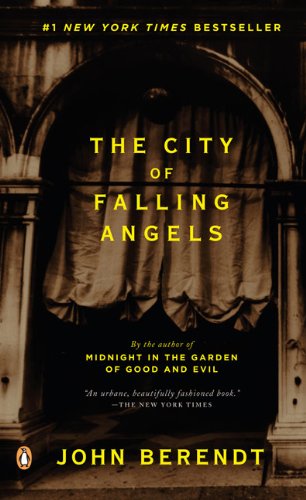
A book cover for The City of Falling Angels; John Berendt; History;